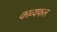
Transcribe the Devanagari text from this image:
काव्यफल